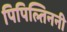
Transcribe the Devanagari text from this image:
पिपिल्तिननी